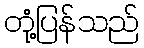
တုံ့ပြန်သည်